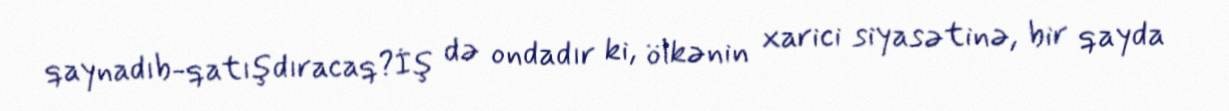
qaynadıb-qatışdıracaq?İş də ondadır ki, ölkənin xarici siyasətinə, bir qayda